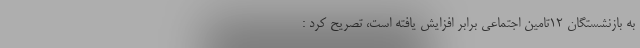
به بازنشستگان ۱۲تامین اجتماعی برابر افزایش یافته است، تصریح کرد :